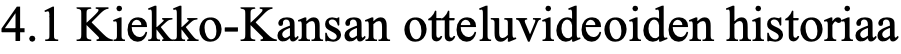
4.1 Kiekko-Kansan otteluvideoiden historiaa